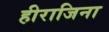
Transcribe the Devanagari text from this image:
हीराजिना